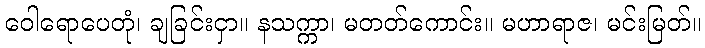
ဝေါရောပေတုံ၊ ချခြင်းငှာ။ နသက္ကာ၊ မတတ်ကောင်း။ မဟာရာဇ၊ မင်းမြတ်။